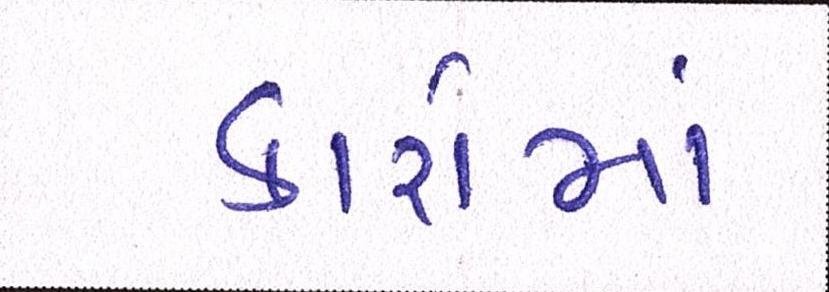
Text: કારોમાં